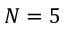
N = 5